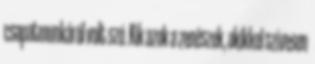
csapatmunkáról volt szó. Kik azok a zenészek, akikkel szívesen